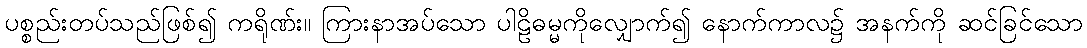
ပစ္စည်းတပ်သည်ဖြစ်၍ ကရိုဏ်း။ ကြားနာအပ်သော ပါဠိဓမ္မကိုလျှောက်၍ နောက်ကာလ၌ အနက်ကို ဆင်ခြင်သော